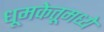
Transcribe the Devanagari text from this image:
धूमकेतूमध्ये